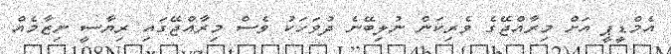
އެމްޑީޕީ އަށް މިރާއްޖޭގެ ވެރިކަން ނުލިބޭނެ ދުވަހަކު ވެސް މިރާއްޖޭގައި ރިޔާސީ ނިޒާމެއް